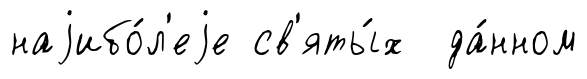
наjибо́л'еjе св'яты́х да́нном